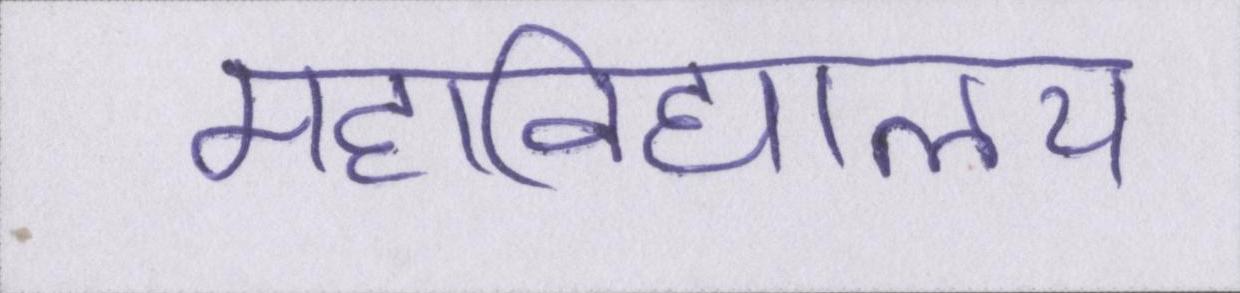
महाविद्यालय़